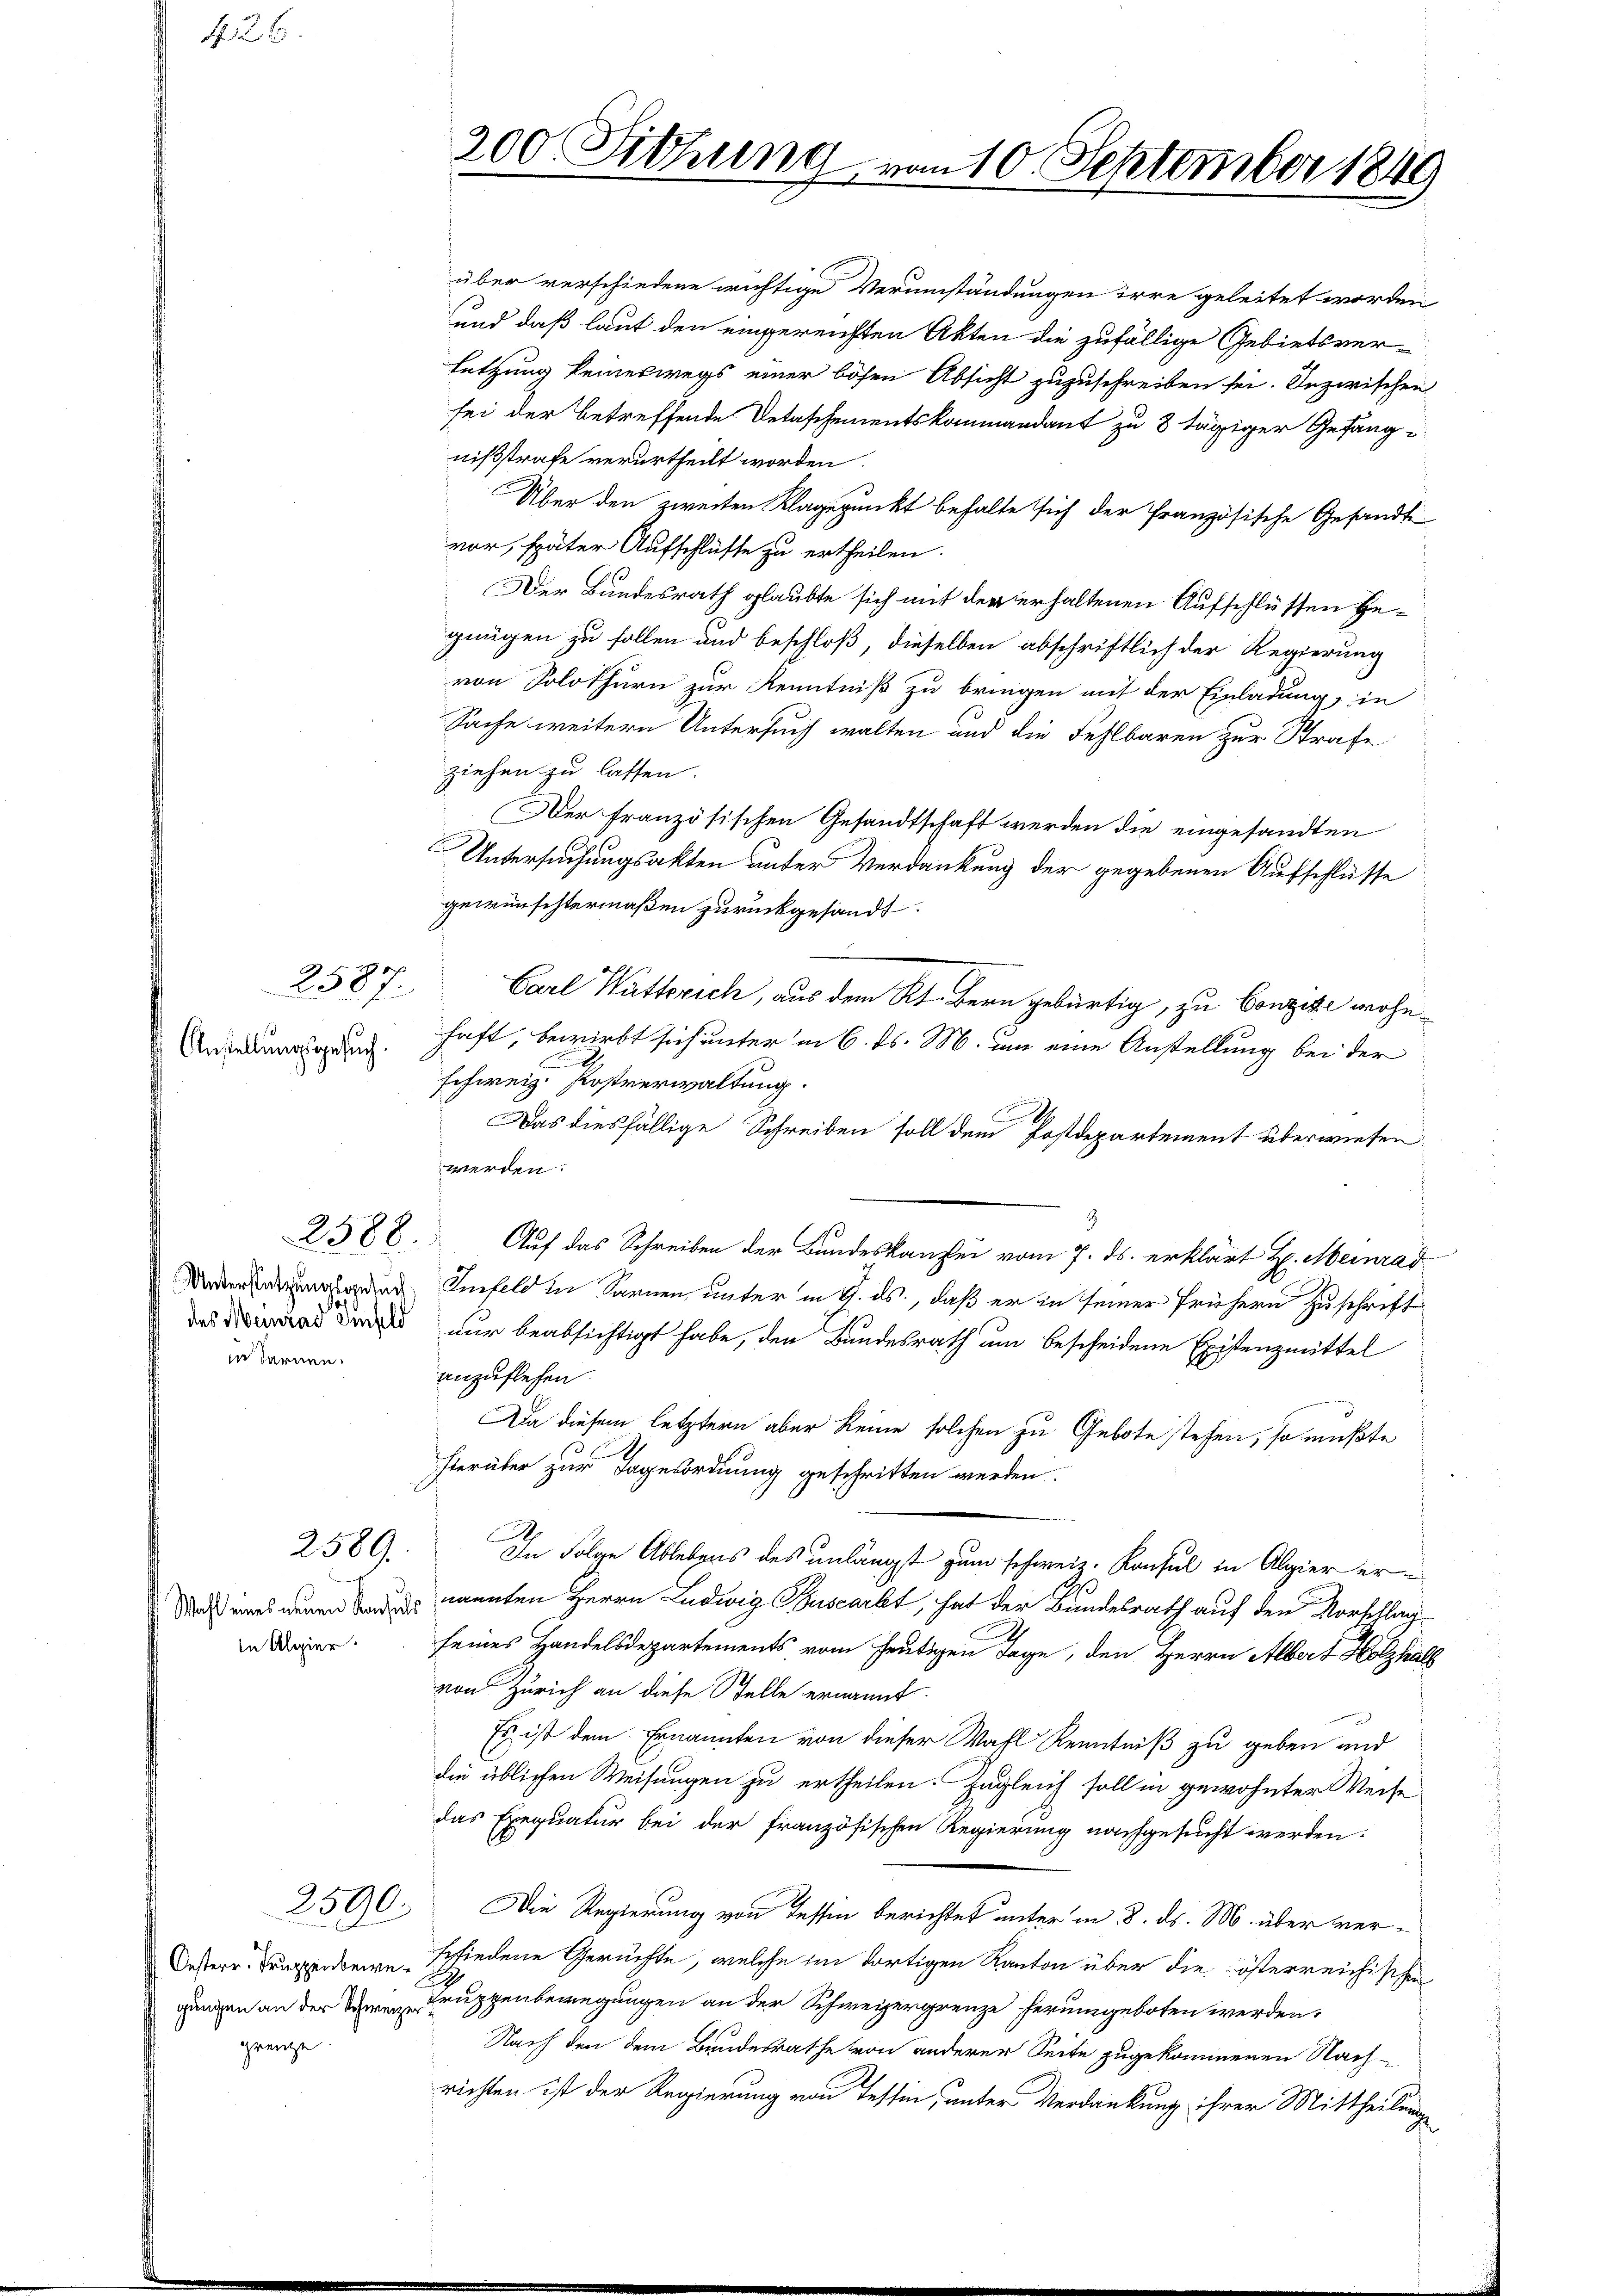
N 26

Anstellungsgesuch.

2587.

2588.

Unterstützungsgesuch
des Meinrad Genfeld
in darnen.

2589.

Wahl eines neuen Konsuls
In Algier

grenze

2590.

200 Sitzung vom 10. September 1849

über verschiedene wichtige Verumständungen irre geleitet worden
und daß laut den eingereichten Akten die zufällige Gebietsverletzung keineswegs einer bösen Absicht zuzuschreiben sei. Inzwischen
sei der betreffende Detaschementskommandant zu 8 tägiger Gefangnißstrafe verurtheilt worden.
Über den zweiten Klagepunkt behalte sich der Französische Gesandte
vor, später Aufschlüsse zu ertheilen.
Der Bundesrath glaubte sich mit der erhaltenen Aufschlüssen Gegnügen zu sollen und beschloß, dieselben abschriftlich der Regierung
von Solothurn zur Kenntniß zu bringen mit der Einladung, in
Sache weitern Untersuch walten und die Fehlbaren zur Strafe
ziehen zu lassen.
Der französischen Gesandtschaft werden die eingesandten
Untersuchungsakten unter Verdankung der gegebenen Aufschlüsse
gewünschtermaßen zurückgesandt.
Carl Wütterich, aus dem Kt. Bern gebürtig, zu Conzise wohnhaft, bewirbt sich unter in 6. ds. M. um eine Anstellung bei der
schweiz. Kostverwaltung.
Das diesfällige Schreiben soll dem Postdepartement überwiesen.
werden.
2
Auf das Schreiben der Bundeskanzlei vom 7. ds. erklärt H. Meinrad
Imfeld in Sarnen, unter in 9. ds., daß er in seiner frühern Zuschrift
nur beabsichtigt habe, den Bundesrath um bescheidene Existenzmittel
anzuflehen
Da diesem letztern aber keine solchen zu Gebote stehen, so müßte

herüber zur Tagesordnung geschritten werden.
In Folge Ablebens des unlängst zum schweiz. Konsul in Algier ernannten Herrn Ludwig Buscarbt, hat der Bundesrath auf den Vorschlag
seines Handelsdepartements vom heutigen Tage, den Herrn Albert Holzhal
von Zürich an diese Stelle ernannt.
Es ist dem Ernannten von dieser Wahl Kenntniß zu geben und
die üblichen Weisungen zu ertheilen. Zugleich soll in gewohnter Weise
das Exequatur bei der französischen Regierung nachgesucht werden.
Die Regierung von Tessin berichtet unter in 8. ds. M. über ver¬
Oesterr. Bunden schiedene Geruchte, welche im dortigen Kanton über die österreichischen
gungen an der in Truppenbewegungen an der Schweizergrenze herumgeboten werden.
Nach den dem Bundesrathe von anderer Seite zugekommenen Nach-
richten ist der Regierung von Tessin, unter Verdankung ihrer Mittheilungs-